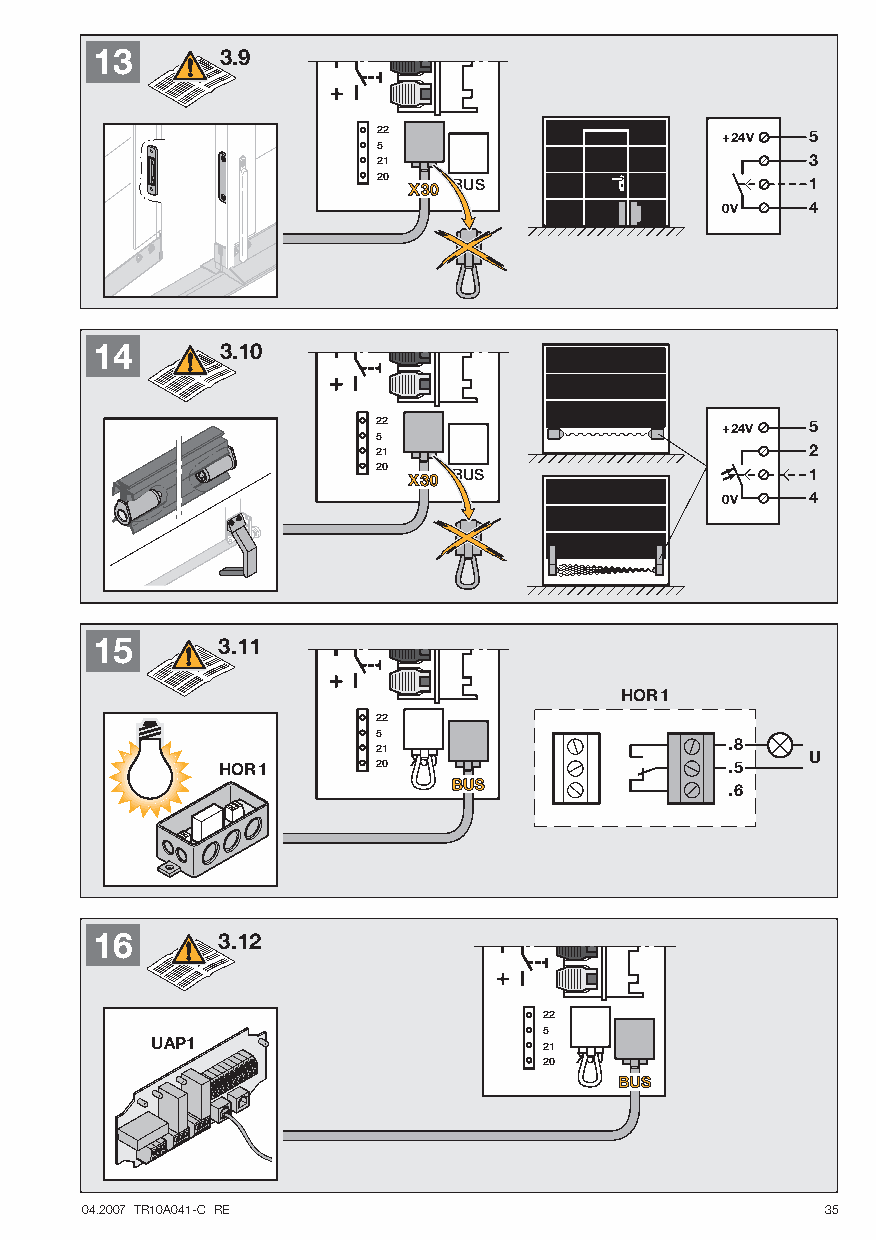
13       3.9
 +24V  5
 3
 1
 0V    4
 14       3.10
 +24V 5
 2
 1
 0V   4
 15      3.11
 HOR1
 .8
 U
 HOR1                              .5
 .6
 16      3.12
 UAP1
 04.2007 TR10A041-C RE                             35
 2252120
 2252120
 2252120
 X 3 0
 B
 B
 U
 U
 S
 S
 2252120
 X 3 0